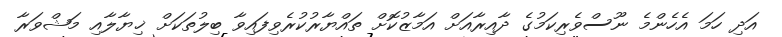
އަދި ހަމަ އެހެންމެ ނޫސްވެރިކަމުގެ ދާއިރާއަށް އަމާޒުކޮށް ތައްޔާރުކުރެވިފައިވާ ބިލުތަކަށް ޚިޔާލާއި މަޝްވަރާ